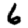
Digit: 6